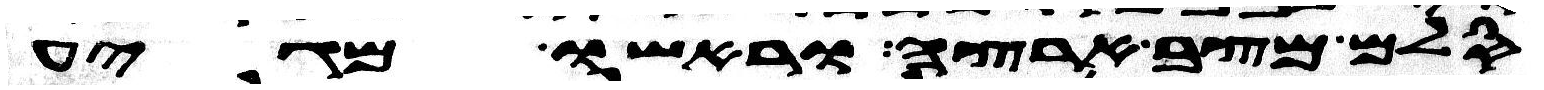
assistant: סלם מצב ארצה וראשו מגיע